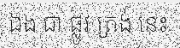
ឯង ជា ផ្លូវ ត្រង់ នេះ